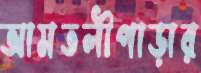
আমতলীপাড়ার